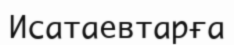
Исатаевтарға